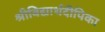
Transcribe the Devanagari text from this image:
श्रीविद्यार्थदीपिका